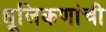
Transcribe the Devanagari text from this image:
धूलिकणांची